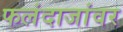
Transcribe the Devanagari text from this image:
फलंदाजांवर